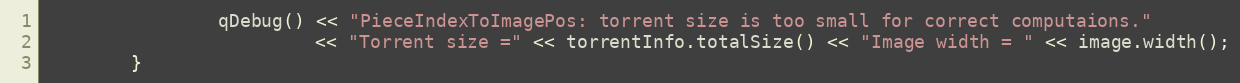
Language: C++
                qDebug() << "PieceIndexToImagePos: torrent size is too small for correct computaions."
                         << "Torrent size =" << torrentInfo.totalSize() << "Image width = " << image.width();
        }